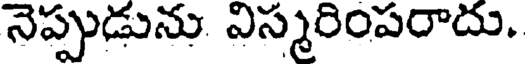
నెప్పుడును విస్మరింపరాదు.